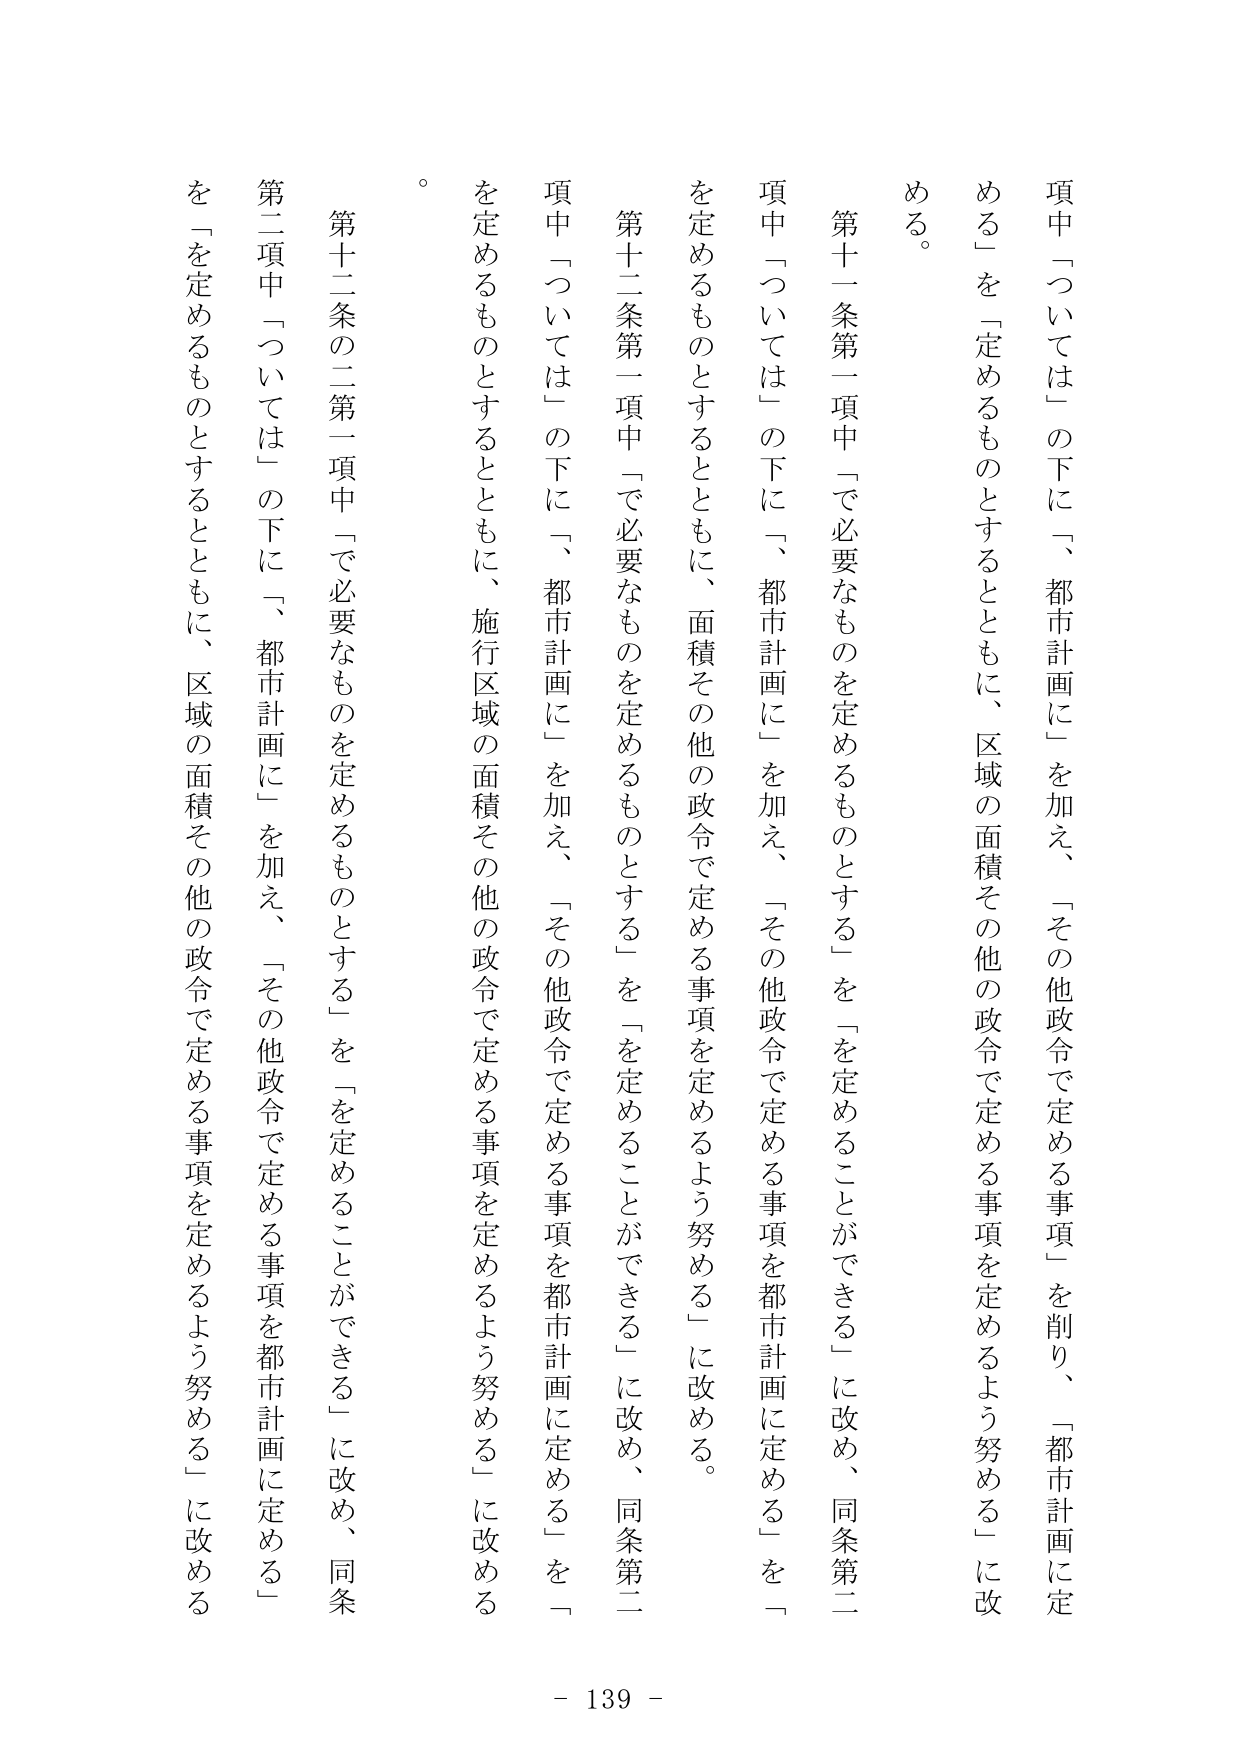
項中「ついては」の下に、「都市計画に」を加え、「その他政令で定める事項」を削り、「都市計画に定める」を「定めるものとするとともに、区域の面積その他の政令で定める事項を定めるよう努める」に改める。

第十一条第一項中「で必要なものを定めるものとする」を「を定めることができる」に改め、同条第二項中「ついては」の下に、「都市計画に」を加え、「その他政令で定める事項を都市計画に定める」を「を定めるものとするとともに、面積その他の政令で定める事項を定めるよう努める」に改める。

第十二条第一項中「で必要なものを定めるものとする」を「を定めることができる」に改め、同条第二項中「ついては」の下に、「都市計画に」を加え、「その他政令で定める事項を都市計画に定める」を「を定めるものとするとともに、施行区域の面積その他の政令で定める事項を定めるよう努める」に改める。

第十二条の二第一項中「で必要なものを定めるものとする」を「を定めることができる」に改め、同条第二項中「ついては」の下に、「都市計画に」を加え、「その他政令で定める事項を都市計画に定める」を「を定めるものとするとともに、区域の面積その他の政令で定める事項を定めるよう努める」に改める。

- 139 -